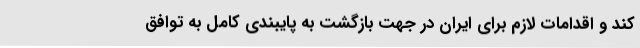
کند و اقدامات لازم برای ایران در جهت بازگشت به پایبندی کامل به توافق